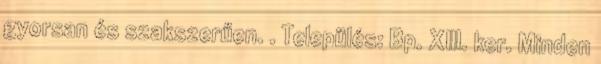
gyorsan és szakszerűen. . Település: Bp. XIII. ker. Minden